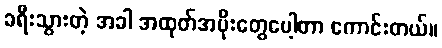
ခရီးသွားတဲ့ အခါ အထုတ်အပိုးတွေပေါ့တာ ကောင်းတယ်။